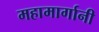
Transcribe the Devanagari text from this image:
महामार्गानी